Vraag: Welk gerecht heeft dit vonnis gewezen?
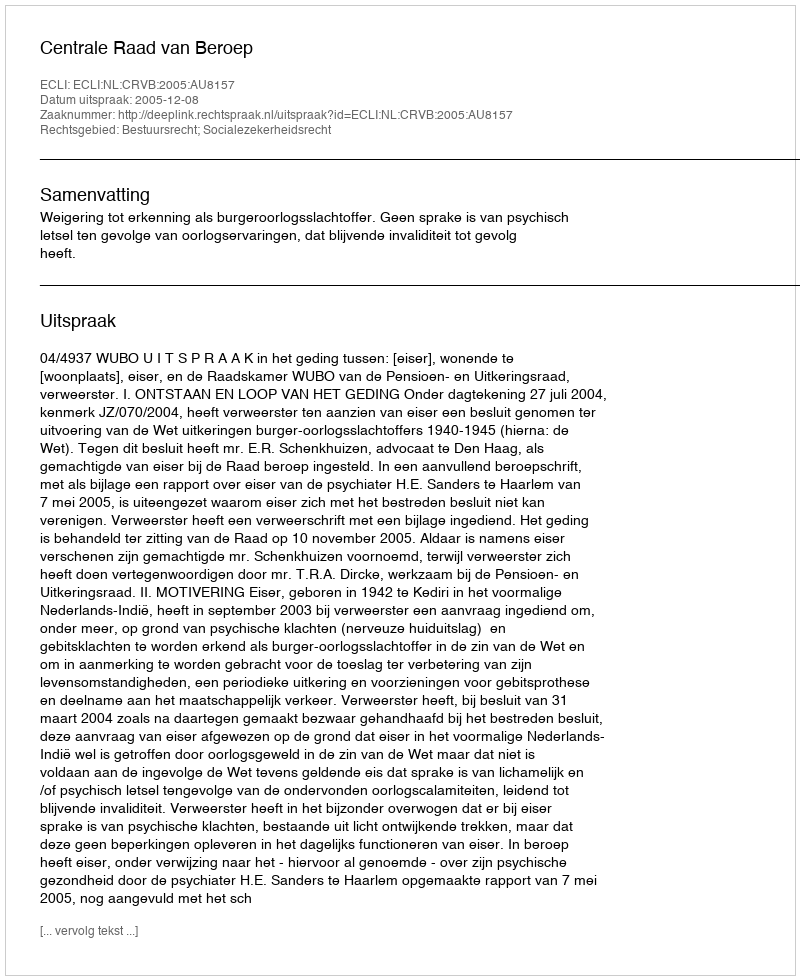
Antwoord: Centrale Raad van Beroep